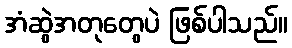
အံဆွဲအတုတွေပဲ ဖြစ်ပါသည်။